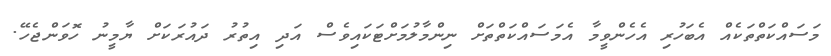
މަސައްކަތްތަކެއް އެބަހުރި އެހެންވީމާ އެމަސައްކަތްތަށް ނިންމާލުމަށްޓަކައިވެސް އަދި އިތުރު ދައުރަކަށް ޔާމީނު ހޮވަންޖެހޭ.